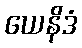
ယေနိဒံ